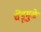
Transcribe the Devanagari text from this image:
चेंडूमुळे